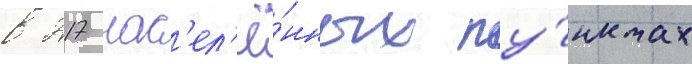
в 217 нас'ел'ё́нных пу́нктах